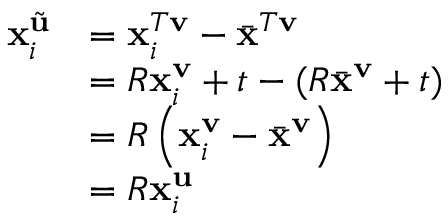
\begin{array} { r l } { \mathbf { x } _ { i } ^ { \tilde { \mathbf { u } } } } & { = \mathbf { x } _ { i } ^ { T \mathbf { v } } - \bar { \mathbf { x } } ^ { T \mathbf { v } } } \\ & { = R \mathbf { x } _ { i } ^ { \mathbf { v } } + t - ( R \bar { \mathbf { x } } ^ { \mathbf { v } } + t ) } \\ & { = R \left( \mathbf { x } _ { i } ^ { \mathbf { v } } - \bar { \mathbf { x } } ^ { \mathbf { v } } \right) } \\ & { = R \mathbf { x } _ { i } ^ { \mathbf { u } } } \end{array}